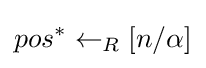
pos^{*}\leftarrow _{R}[n/\alpha ]